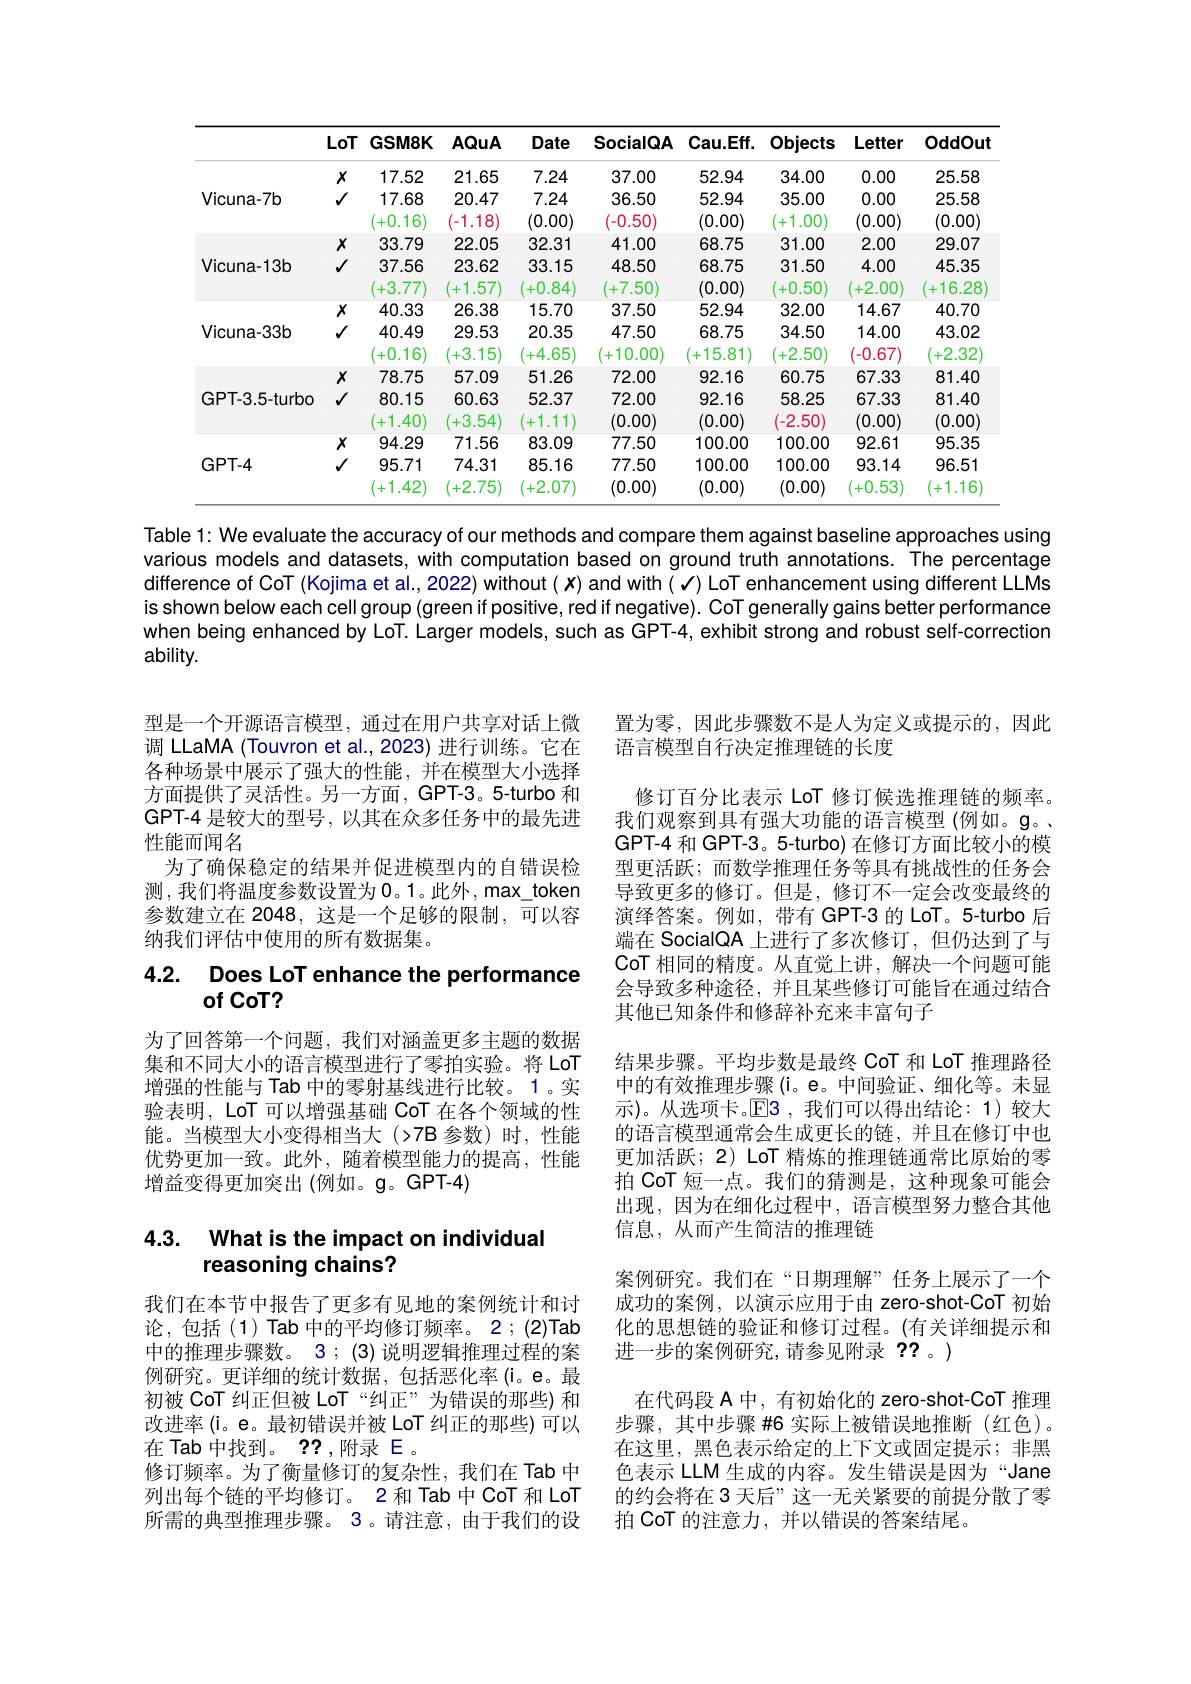
<table>
	<tbody>
		<tr>
			<th> </th>
			<th>LoT</th>
			<th>GSM8K</th>
			<th>AQuA</th>
			<th>Date</th>
			<th>SocialQA</th>
			<th>Cau.Eff.</th>
			<th>Objects</th>
			<th>Letter</th>
			<th>OddOut</th>
		</tr>
		<tr>
			<td rowspan="3">Vicuna-7b</td>
			<td>$x$</td>
			<td>17.52</td>
			<td>21.65</td>
			<td>7.24</td>
			<td>37.00</td>
			<td>52.94</td>
			<td>34.00</td>
			<td>0.00</td>
			<td>25.58</td>
		</tr>
		<tr>
			<td>$\checkmark$</td>
			<td>17.68</td>
			<td>20.47</td>
			<td>7.24</td>
			<td>36.50</td>
			<td>52.94</td>
			<td>35.00</td>
			<td>0.00</td>
			<td>25.58</td>
		</tr>
		<tr>
			<td> </td>
			<td>+0.16</td>
			<td>(-1.18.</td>
			<td>(0.00)</td>
			<td>(-0.50)</td>
			<td>(0.00)</td>
			<td>1.00) 十</td>
			<td>(0.00)</td>
			<td>(0.00)</td>
		</tr>
		<tr>
			<td rowspan="3">Vicuna-13b</td>
			<td>$x$</td>
			<td>33.79</td>
			<td>22.05</td>
			<td>32.31</td>
			<td>41.00</td>
			<td>68.75</td>
			<td>31.00</td>
			<td>2.00</td>
			<td>29.07</td>
		</tr>
		<tr>
			<td>1</td>
			<td>37.56</td>
			<td>23.62</td>
			<td>33.15</td>
			<td>48.50</td>
			<td>68.75</td>
			<td>31.50</td>
			<td>4.00</td>
			<td>45.35</td>
		</tr>
		<tr>
			<td> </td>
			<td>+3.77</td>
			<td>1.57 +</td>
			<td>-0.84 $+C$</td>
			<td>.7.50) 十</td>
			<td>(0.00)</td>
			<td>.0.50 +1</td>
			<td>.2.00 十</td>
			<td>16.28</td>
		</tr>
		<tr>
			<td rowspan="3">Vicuna-33b</td>
			<td>$x$</td>
			<td>40.33</td>
			<td>26.38</td>
			<td>15.70</td>
			<td>37.50</td>
			<td>52.94</td>
			<td>32.00</td>
			<td>14.67</td>
			<td>40.70</td>
		</tr>
		<tr>
			<td>$\checkmark$</td>
			<td>40.49</td>
			<td>29.53</td>
			<td>20.35</td>
			<td>47.50</td>
			<td>68.75</td>
			<td>34.50</td>
			<td>14.00</td>
			<td>43.02</td>
		</tr>
		<tr>
			<td> </td>
			<td>+0.16</td>
			<td>+3.15</td>
			<td>+4.65 </td>
			<td>10.00 +</td>
			<td>15.81 十</td>
			<td>+2.50)</td>
			<td>(-0.67)</td>
			<td>.2.32 十</td>
		</tr>
		<tr>
			<td> </td>
			<td>$x$</td>
			<td>78.75</td>
			<td>57.09</td>
			<td>51.26</td>
			<td>72.00</td>
			<td>92.16</td>
			<td>60.75</td>
			<td>67.33</td>
			<td>81.40</td>
		</tr>
		<tr>
			<td rowspan="2">GPT-3.5-turbo</td>
			<td>1</td>
			<td>80.15</td>
			<td>60.63</td>
			<td>52.37</td>
			<td>72.00</td>
			<td>92.16</td>
			<td>58.25</td>
			<td>67.33</td>
			<td>81.40</td>
		</tr>
		<tr>
			<td> </td>
			<td>$\vdash1.40$ 十</td>
			<td>+3.54</td>
			<td>1.11 +</td>
			<td>(0.00)</td>
			<td>(0.00)</td>
			<td>(-2.50)</td>
			<td>(0.00)</td>
			<td>(0.00)</td>
		</tr>
		<tr>
			<td> </td>
			<td>$x$</td>
			<td>94.29</td>
			<td>71.56</td>
			<td>83.09</td>
			<td>77.50</td>
			<td>100.00</td>
			<td>100.00</td>
			<td>92.61</td>
			<td>95.35</td>
		</tr>
		<tr>
			<td rowspan="2">GPT-4</td>
			<td>1</td>
			<td>95.71</td>
			<td>74.31</td>
			<td>85.16</td>
			<td>77.50</td>
			<td>100.00</td>
			<td>100.00</td>
			<td>93.14</td>
			<td>96.51</td>
		</tr>
		<tr>
			<td> </td>
			<td>1.42) +</td>
			<td>+2.75</td>
			<td>+2.07) </td>
			<td>(0.00)</td>
			<td>(0.00)</td>
			<td>(0.00)</td>
			<td>.0.53 +</td>
			<td>1.16)</td>
		</tr>
	</tbody>
</table>

Table 1: We evaluate the accuracy of our methods and compare them against baseline approaches using various models and datasets, with computation based on ground truth annotations. The percentage difference of CoT (Kojima et al., 2022) without $(x)$ and with $(\checkmark)$ LoT enhancement using different LLMs is shown below each cell group (green if positive, red if negative). CoT generally gains better performance when being enhanced by LoT. Larger models, such as GPT-4, exhibit strong and robust self-correction ability.

型是一个开源语言模型，通过在用户共享对话上微调 LLaMA (Touvron et al.,2023) 进行训练。它在各种场景中展示了强大的性能，并在模型大小选择方面提供了灵活性。另一方面，GPT-3。5-turbo 和GPT-4 是较大的型号，以其在众多任务中的最先进性能而闻名
为了确保稳定的结果并促进模型内的自错误检测，我们将温度参数设置为0。1。此外，max\_token 参数建立在 2048,这是一个足够的限制，可以容纳我们评估中使用的所有数据集。

## 4.2. Does LoT enhance the performance of CoT?

为了回答第一个问题，我们对涵盖更多主题的数据集和不同大小的语言模型进行了零拍实验。将 LoT 增强的性能与 Tab 中的零射基线进行比较。1。实验表明，LoT 可以增强基础 CoT 在各个领域的性能。当模型大小变得相当大(>7B 参数)时，性能优势更加一致。此外，随着模型能力的提高，性能增益变得更加突出(例如。g。GPT-4)

置为零，因此步骤数不是人为定义或提示的，因此
语言模型自行决定推理链的长度
修订百分比表示 LoT 修订候选推理链的频率。我们观察到具有强大功能的语言模型(例如。$\mathfrak{g}$。GPT-4 和 GPT-3。5-turbo) 在修订方面比较小的模型更活跃；而数学推理任务等具有挑战性的任务会导致更多的修订。但是，修订不一定会改变最终的演绎答案。例如，带有 GPT-3 的 LoT。5-turbo 后端在 SocialQA 上进行了多次修订，但仍达到了与CoT 相同的精度。从直觉上讲，解决一个问题可能会导致多种途径，并且某些修订可能旨在通过结合其他已知条件和修辞补充来丰富句子
结果步骤。平均步数是最终 CoT 和 LoT 推理路径中的有效推理步骤(i。e。中间验证、细化等。未显示)。从选项卡。$\operatorname{E3}$,我们可以得出结论：1)较大的语言模型通常会生成更长的链，并且在修订中也更加活跃；2) LoT 精炼的推理链通常比原始的零拍 CoT 短一点。我们的猜测是，这种现象可能会出现，因为在细化过程中，语言模型努力整合其他信息，从而产生简洁的推理链
案例研究。我们在“日期理解”任务上展示了一个成功的案例，以演示应用于由 zero-shot-CoT 初始化的思想链的验证和修订过程。(有关详细提示和进一步的案例研究，请参见附录 ?? 。)
在代码段 A 中，有初始化的 zero-shot-CoT 推理步骤，其中步骤#6实际上被错误地推断(红色)。在这里，黑色表示给定的上下文或固定提示；非黑色表示 LLM 生成的内容。发生错误是因为“Jane 的约会将在 3 天后”这一无关紧要的前提分散了零拍 CoT 的注意力，并以错误的答案结尾。

# 4.3. What is the impact on individual reasoning chains?

我们在本节中报告了更多有见地的案例统计和讨论，包括(1) Tab 中的平均修订频率。2 ; (2)Tab 中的推理步骤数。3 ; (3) 说明逻辑推理过程的案例研究。更详细的统计数据，包括恶化率(i。e。最初被 CoT 纠正但被 LoT“纠正”为错误的那些)和改进率 (i。e。最初错误并被 LoT 纠正的那些)可以在 Tab 中找到。??,附录 E。
修订频率。为了衡量修订的复杂性，我们在 Tab 中列出每个链的平均修订。2 和 Tab 中 CoT 和 LoT 所需的典型推理步骤。3 。请注意，由于我们的设